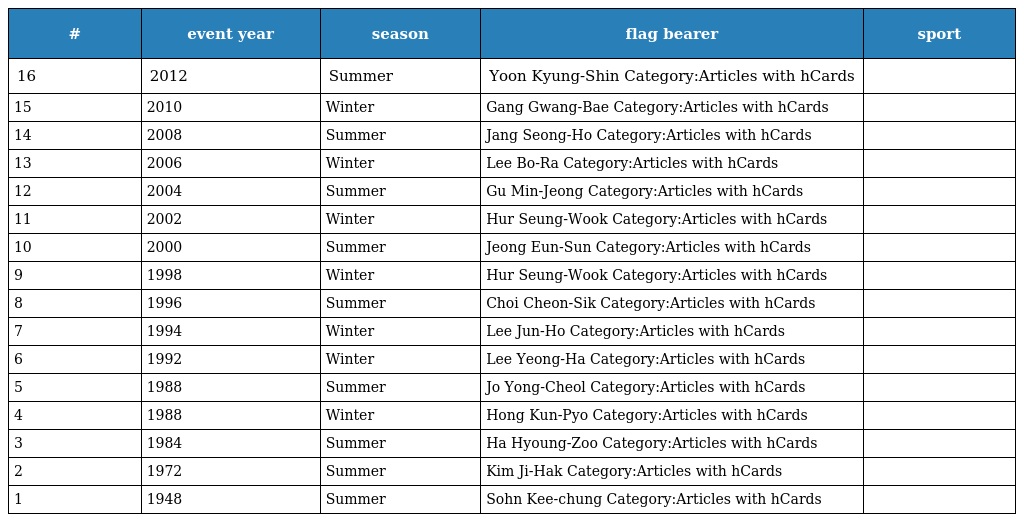
| # | event year | season | flag bearer | sport |
 | --- | --- | --- | --- | --- |
 | 16 | 2012 | Summer | Yoon Kyung-Shin Category:Articles with hCards |  |
 | 15 | 2010 | Winter | Gang Gwang-Bae Category:Articles with hCards |  |
 | 14 | 2008 | Summer | Jang Seong-Ho Category:Articles with hCards |  |
 | 13 | 2006 | Winter | Lee Bo-Ra Category:Articles with hCards |  |
 | 12 | 2004 | Summer | Gu Min-Jeong Category:Articles with hCards |  |
 | 11 | 2002 | Winter | Hur Seung-Wook Category:Articles with hCards |  |
 | 10 | 2000 | Summer | Jeong Eun-Sun Category:Articles with hCards |  |
 | 9 | 1998 | Winter | Hur Seung-Wook Category:Articles with hCards |  |
 | 8 | 1996 | Summer | Choi Cheon-Sik Category:Articles with hCards |  |
 | 7 | 1994 | Winter | Lee Jun-Ho Category:Articles with hCards |  |
 | 6 | 1992 | Winter | Lee Yeong-Ha Category:Articles with hCards |  |
 | 5 | 1988 | Summer | Jo Yong-Cheol Category:Articles with hCards |  |
 | 4 | 1988 | Winter | Hong Kun-Pyo Category:Articles with hCards |  |
 | 3 | 1984 | Summer | Ha Hyoung-Zoo Category:Articles with hCards |  |
 | 2 | 1972 | Summer | Kim Ji-Hak Category:Articles with hCards |  |
 | 1 | 1948 | Summer | Sohn Kee-chung Category:Articles with hCards |  |